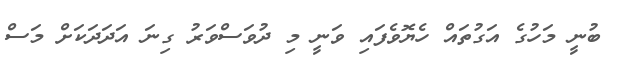
ބުނީ މަހުގެ އަގުތައް ހެޔޮވެފައި ވަނީ މި ދުވަސްވަރު ގިނަ އަދަދަކަށް މަސް